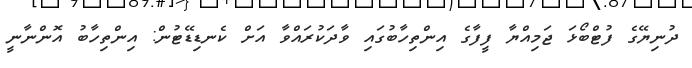
ދުނިޔޭގެ ފުޓްބޯޅަ ޖަމިއްޔާ ފީފާގެ އިންތިހާބުގައި ވާދަކުރައްވާ އަށް ކެނޑިޑޭޓުން: އިންތިހާބު އޮންނާނީ